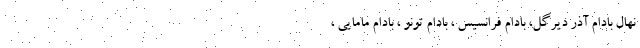
نهال بادام آذر دیرگل، بادام فرانسيس ، بادام تونو ، بادام مامايي ،